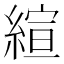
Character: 縇